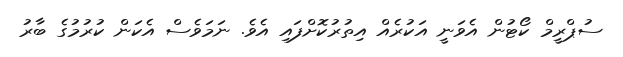
ސުޕްރީމް ކޯޓުން އެވަނީ އަކުރެއް އިތުރުކޮށްފައި އެެވެ. ނަމަވެސް އެކަން ކުރުމުގެ ބާރު